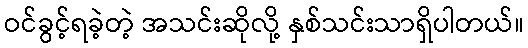
ဝင်ခွင့်ရခဲ့တဲ့ အသင်းဆိုလို့ နှစ်သင်းသာရှိပါတယ်။